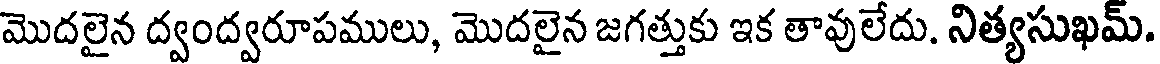
మొదలైన ద్వంద్వరూపములు, మొదలైన జగత్తుకు ఇక తావులేదు. నిత్యసుఖమ్.